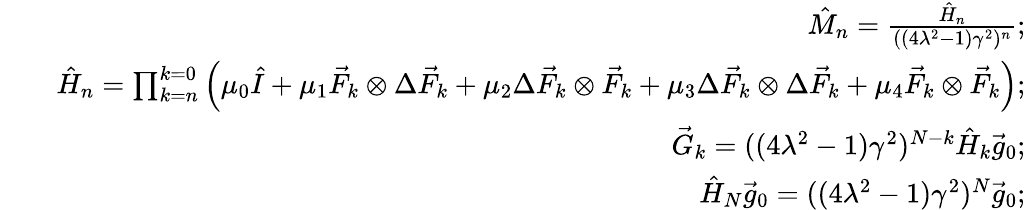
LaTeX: \begin{array}{rlr}&{}&{\hat{M}_{n}=\frac{\hat{H}_{n}}{((4\lambda^{2}-1)\gamma^{2})^{n}};}\\ &{}&{\hat{H}_{n}=\prod_{k=n}^{k=0}\left(\mu_{0}\hat{I}+\mu_{1}\vec{F}_{k}\otimes\Delta\vec{F}_{k}+\mu_{2}\Delta\vec{F}_{k}\otimes\vec{F}_{k}+\mu_{3}\Delta\vec{F}_{k}\otimes\Delta\vec{F}_{k}+\mu_{4}\vec{F}_{k}\otimes\vec{F}_{k}\right);}\\ &{}&{\vec{G}_{k}=((4\lambda^{2}-1)\gamma^{2})^{N-k}\hat{H}_{k}\vec{g}_{0};}\\ &{}&{\hat{H}_{N}\vec{g}_{0}=((4\lambda^{2}-1)\gamma^{2})^{N}\vec{g}_{0};}\end{array}